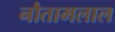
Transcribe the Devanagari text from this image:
नौतामलाल